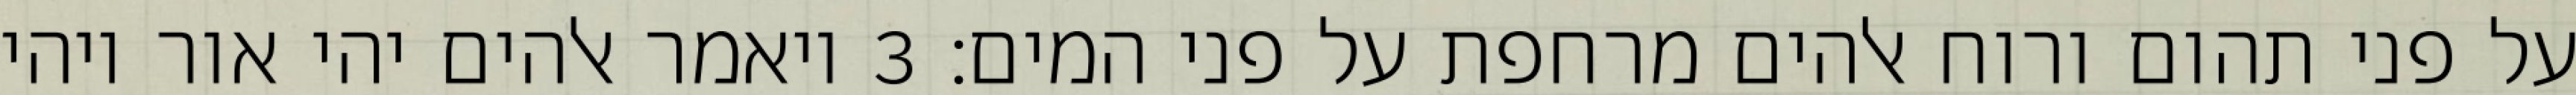
על פני תהום ורוח אלהים מרחפת על פני המים׃ ‎3‏ ויאמר אלהים יהי אור ויהי